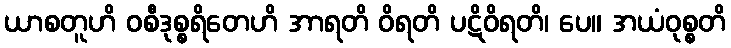
ယာစတူဟိ ဝစီဒုစ္စရိတေဟိ အာရတိ ဝိရတိ ပဋိဝိရတိ၊ ပေ။ အယံဝုစ္စတိ